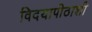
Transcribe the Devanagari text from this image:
विदयापीठाशी